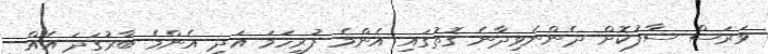
ވަރަސް ސާފުކޮށް ދެންނެވިދާނެ ގޮތުގައި އެންމެ ފުރިހަމަ އަދި އެންމެ ބާރުގަދަ އެއް